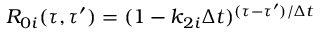
R _ { 0 i } ( \tau , \tau ^ { \prime } ) = ( 1 - k _ { 2 i } \Delta t ) ^ { ( \tau - \tau ^ { \prime } ) / \Delta t }